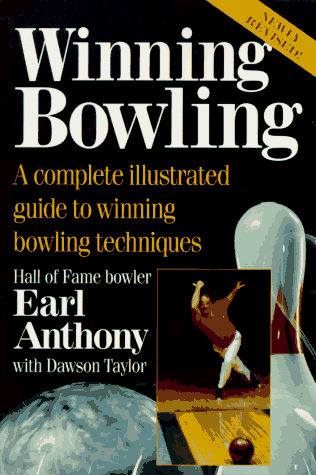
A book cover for Winning Bowling; Earl Anthony; Sports & Outdoors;